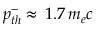
p _ { t h } ^ { - } \approx \, 1 . 7 \, m _ { e } c